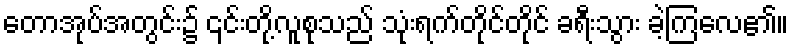
တောအုပ်အတွင်း၌ ၎င်းတို့လူစုသည် သုံးရက်တိုင်တိုင် ခရီးသွား ခဲ့ကြလေ၏။